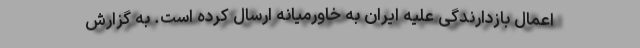
اعمال بازدارندگی علیه ایران به خاورمیانه ارسال کرده است. به گزارش